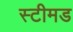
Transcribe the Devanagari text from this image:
स्टीमड